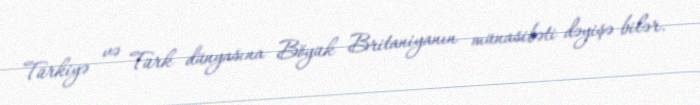
Türkiyə və Türk dünyasına Böyük Britaniyanın münasibəti dəyişə bilər.